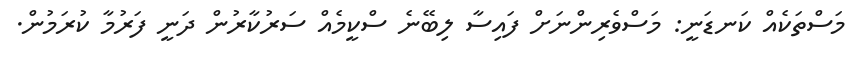
މަސްތަކެއް ކަނޑަނީ: މަސްވެރިންނަށް ފައިސާ ލިބޭނެ ސްކީމެއް ސަރުކާރުން ދަނީ ފަރުމާ ކުރަމުން.